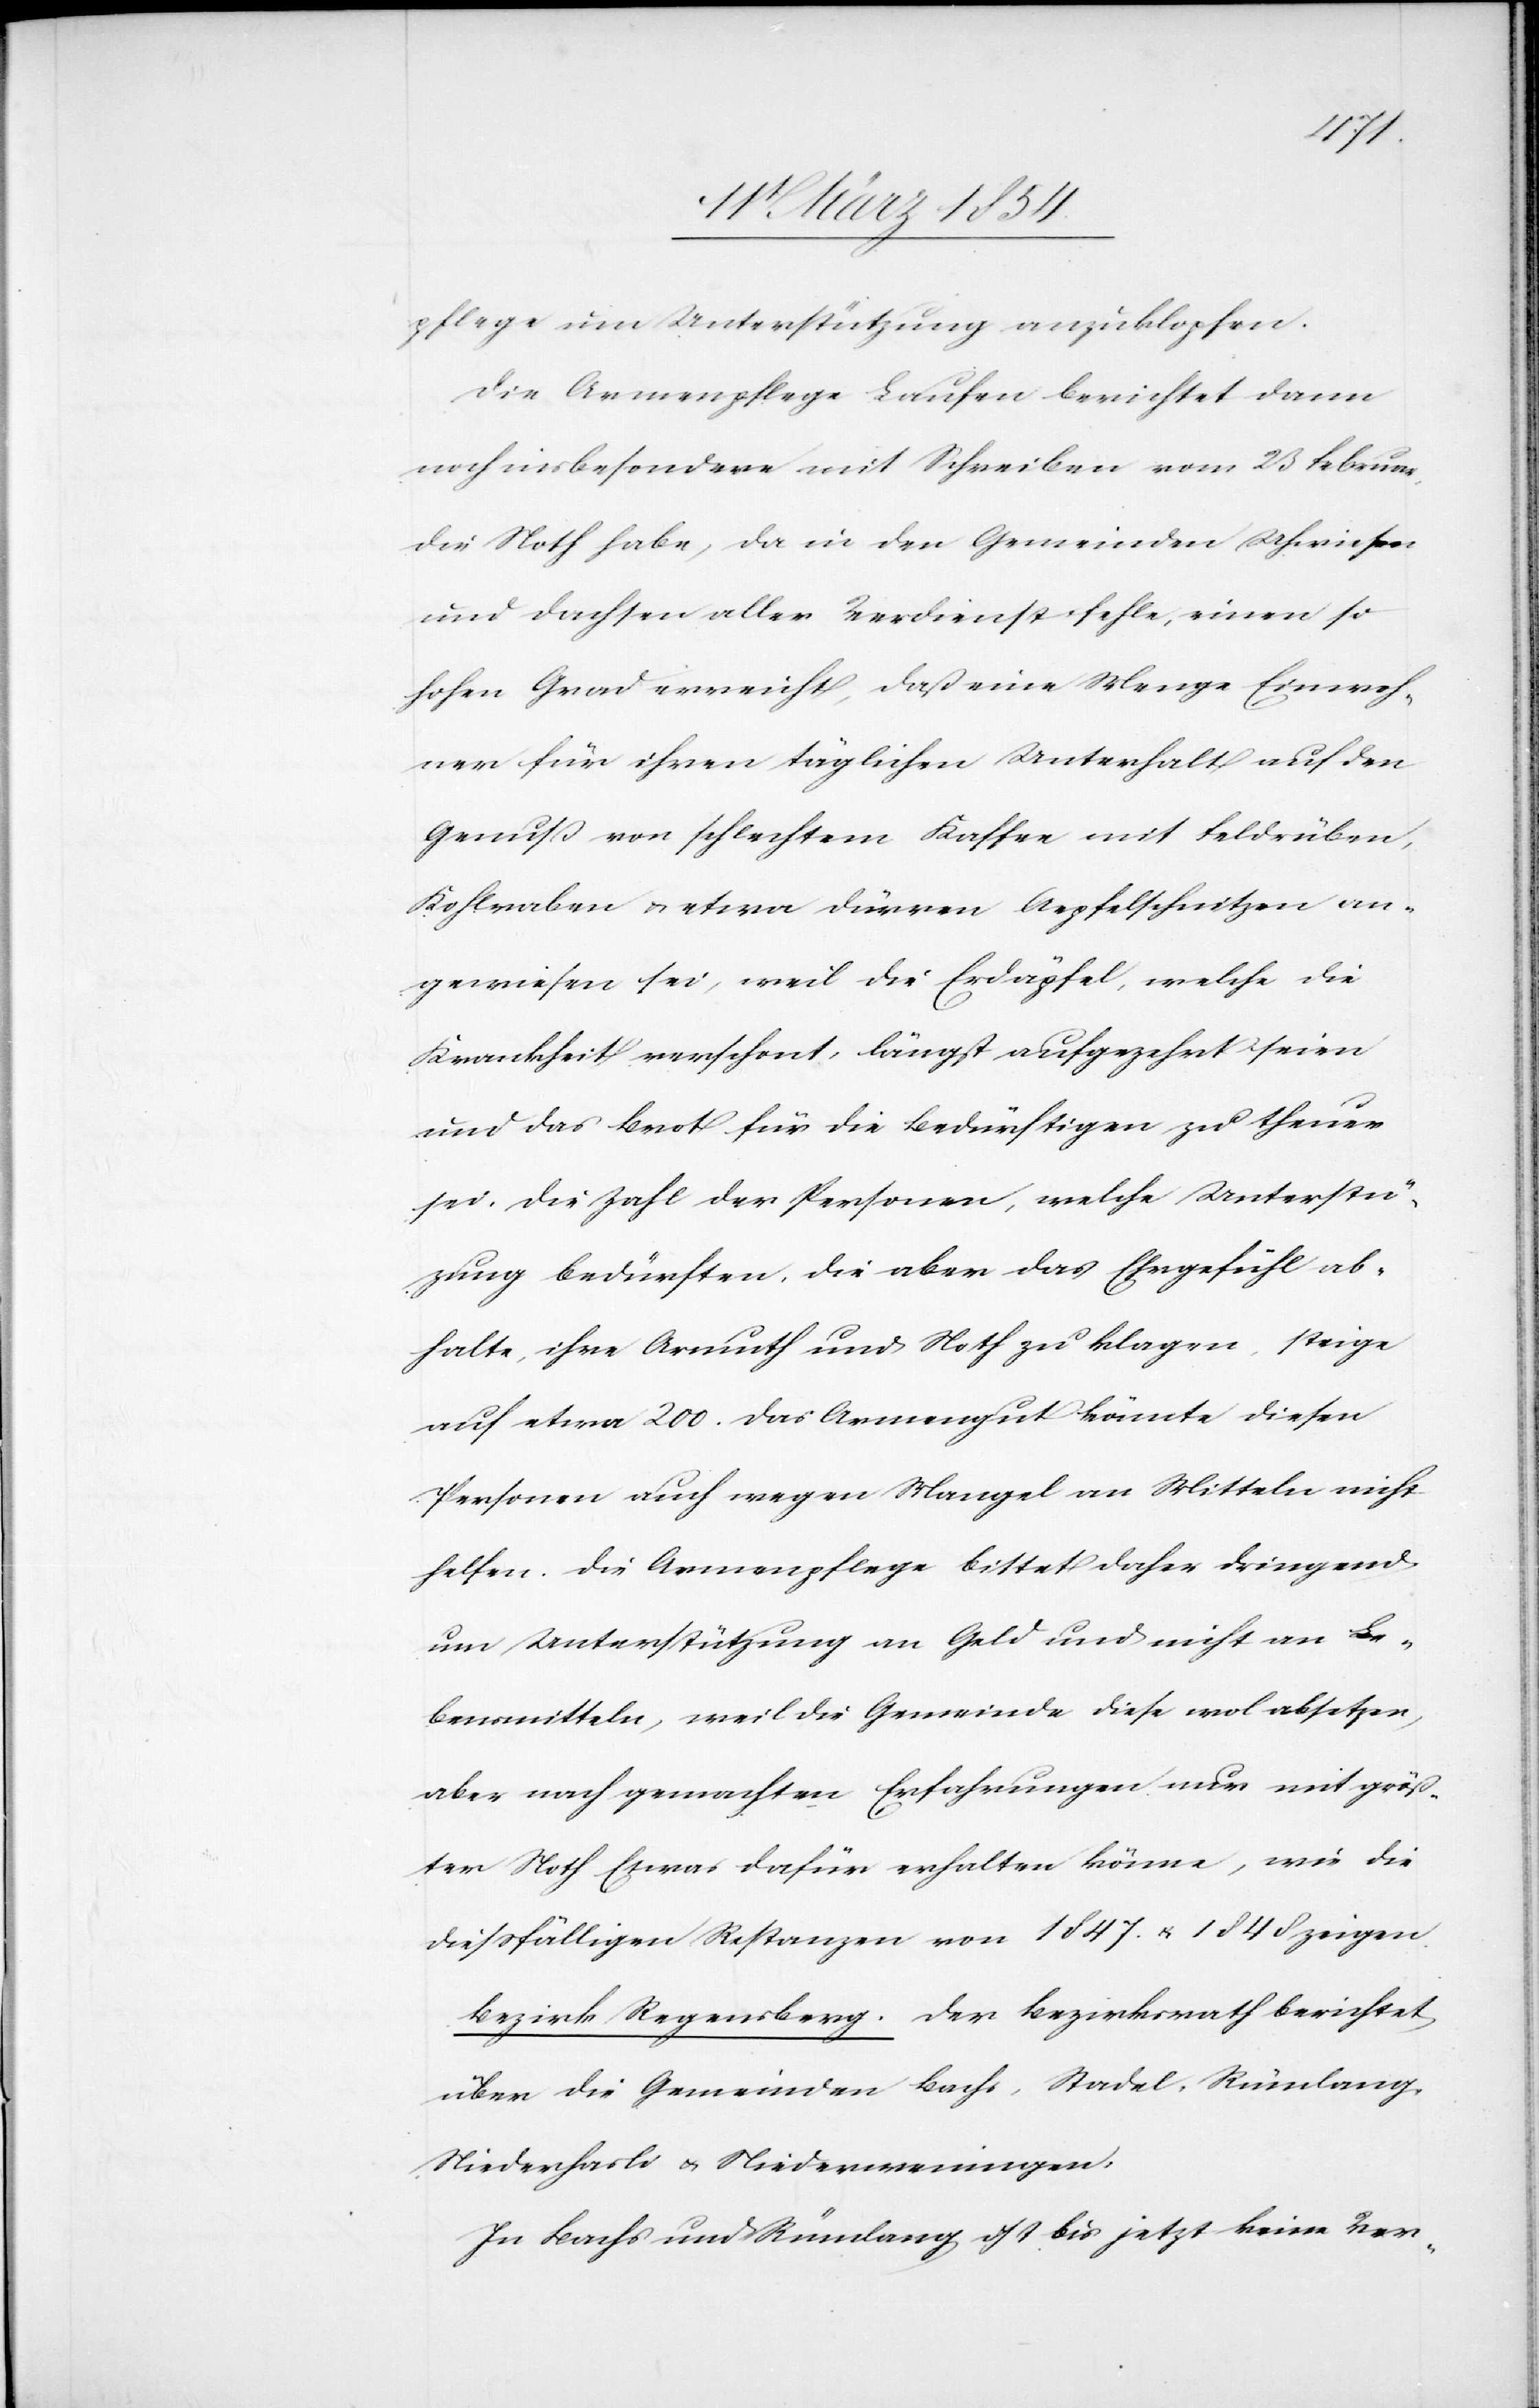
pflege um Unterstützung anzuklopfen.
Die Armenpflege Laufen berichtet dann
noch insbesondere mit Schreiben vom 23 Februar,
die Noth habe, da in den Gemeinden Uhwiesen
und Dachslen aller Verdienst fehle, einen so
hohen Grad erreicht, daß eine Menge Einwoh¬
ner für ihren täglichen Unterhalt auf den
Genuß von schlechtem Kaffee mit Feldrüben,
Kohlraben u. etwa dürren Apfelschnitzen an¬
gewiesen sei, weil die Erdäpfel, welche die
Krankheit verschont, längst aufgezehrt seien
und das Brot für die Bedürftigen zu theuer
sei, die Zahl der Personen, welche Unterstüt¬
zung bedürften, die aber das Ehrgefühl ab¬
halte, ihre Armuth und Noth zu klagen, steige
auf etwa 200. Das Armengut könnte diesen
Personen auch wegen Mangel an Mitteln nicht
helfen. Die Armenpflege bittet daher dringend
um Unterstützung an Geld und nicht an Le¬
bensmitteln, weil die Gemeinde diese wol absetzen,
aber nach gemachten Erfahrungen nur mit größ¬
ter Noth Etwas dafür erhalten könne, wie die
dießfälligen Restanzen von 1847 u. 1848 zeigen.
Bezirk Regensberg. Der Bezirksrath berichtet
über die Gemeinden Bachs, Stadel, Rümlang,
Niederhasli u. Niederweningen.
In Bachs und Rümlang ist bis jetzt keine Ver-